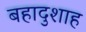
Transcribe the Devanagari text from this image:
बहादुशाह